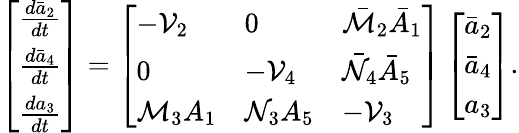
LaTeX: \left[\begin{array}{l}{\frac{d\bar{a}_{2}}{dt}}\\ {\frac{d\bar{a}_{4}}{dt}}\\ {\frac{d{a}_{3}}{dt}}\end{array}\right]=\left[\begin{array}{lll}{-\mathcal{V}_{2}}&{0}&{\bar{{\mathcal{M}}}_{2}\bar{A}_{1}}\\ {0}&{-\mathcal{V}_{4}}&{\bar{\mathcal{N}}_{4}\bar{A}_{5}}\\ {{\mathcal{M}}_{3}{A}_{1}}&{{\mathcal{N}}_{3}{A}_{5}}&{-\mathcal{V}_{3}}\end{array}\right]\left[\begin{array}{l}{\bar{a}_{2}}\\ {\bar{a}_{4}}\\ {{a}_{3}}\end{array}\right].